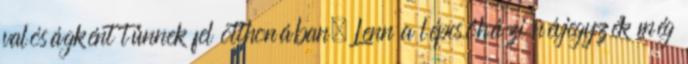
valóságként tűnnek fel otthonában. Lenn a lépcsőházi névjegyzék még